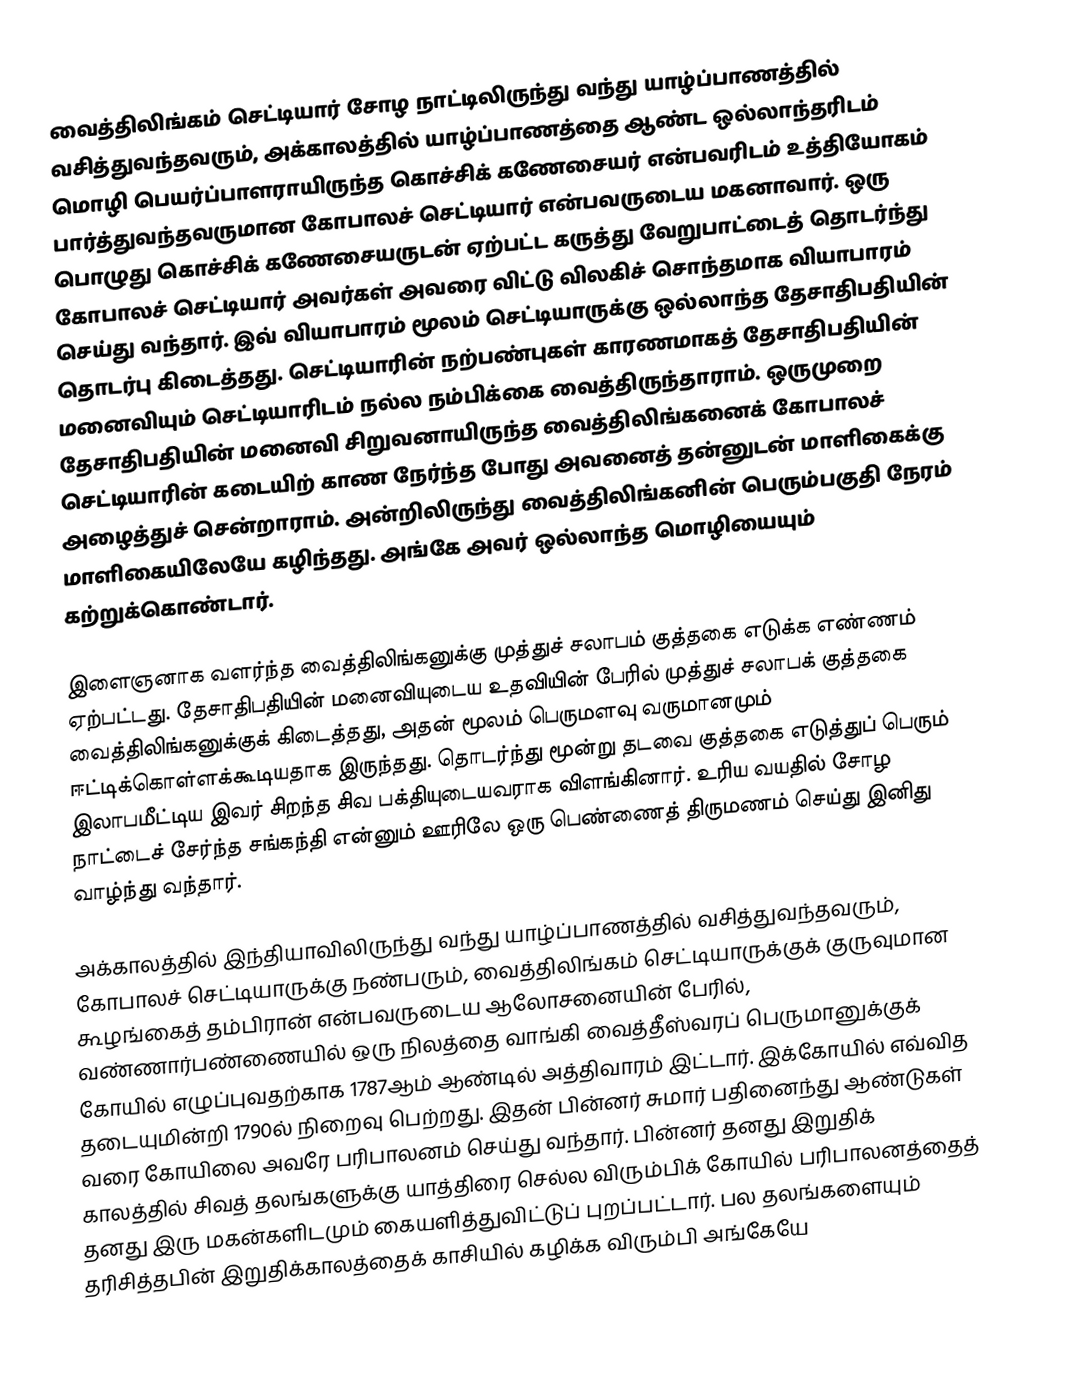
வைத்திலிங்கம் செட்டியார் சோழ நாட்டிலிருந்து வந்து யாழ்ப்பாணத்தில் வசித்துவந்தவரும், அக்காலத்தில் யாழ்ப்பாணத்தை ஆண்ட ஒல்லாந்தரிடம் மொழி பெயர்ப்பாளராயிருந்த கொச்சிக் கணேசையர் என்பவரிடம் உத்தியோகம் பார்த்துவந்தவருமான கோபாலச் செட்டியார் என்பவருடைய மகனாவார். ஒரு பொழுது கொச்சிக் கணேசையருடன் ஏற்பட்ட கருத்து வேறுபாட்டைத் தொடர்ந்து கோபாலச் செட்டியார் அவர்கள் அவரை விட்டு விலகிச் சொந்தமாக வியாபாரம் செய்து வந்தார். இவ் வியாபாரம் மூலம் செட்டியாருக்கு ஒல்லாந்த தேசாதிபதியின் தொடர்பு கிடைத்தது. செட்டியாரின் நற்பண்புகள் காரணமாகத் தேசாதிபதியின் மனைவியும் செட்டியாரிடம் நல்ல நம்பிக்கை வைத்திருந்தாராம். ஒருமுறை தேசாதிபதியின் மனைவி சிறுவனாயிருந்த வைத்திலிங்கனைக் கோபாலச் செட்டியாரின் கடையிற் காண நேர்ந்த போது அவனைத் தன்னுடன் மாளிகைக்கு அழைத்துச் சென்றாராம். அன்றிலிருந்து வைத்திலிங்கனின் பெரும்பகுதி நேரம் மாளிகையிலேயே கழிந்தது. அங்கே அவர் ஒல்லாந்த மொழியையும் கற்றுக்கொண்டார்.

இளைஞனாக வளர்ந்த வைத்திலிங்கனுக்கு முத்துச் சலாபம் குத்தகை எடுக்க எண்ணம் ஏற்பட்டது. தேசாதிபதியின் மனைவியுடைய உதவியின் பேரில் முத்துச் சலாபக் குத்தகை வைத்திலிங்கனுக்குக் கிடைத்தது, அதன் மூலம் பெருமளவு வருமானமும் ஈட்டிக்கொள்ளக்கூடியதாக இருந்தது. தொடர்ந்து மூன்று தடவை குத்தகை எடுத்துப் பெரும் இலாபமீட்டிய இவர் சிறந்த சிவ பக்தியுடையவராக விளங்கினார். உரிய வயதில் சோழ நாட்டைச் சேர்ந்த சங்கந்தி என்னும் ஊரிலே ஒரு பெண்ணைத் திருமணம் செய்து இனிது வாழ்ந்து வந்தார்.

அக்காலத்தில் இந்தியாவிலிருந்து வந்து யாழ்ப்பாணத்தில் வசித்துவந்தவரும், கோபாலச் செட்டியாருக்கு நண்பரும், வைத்திலிங்கம் செட்டியாருக்குக் குருவுமான கூழங்கைத் தம்பிரான் என்பவருடைய ஆலோசனையின் பேரில், வண்ணார்பண்ணையில் ஒரு நிலத்தை வாங்கி வைத்தீஸ்வரப் பெருமானுக்குக் கோயில் எழுப்புவதற்காக 1787ஆம் ஆண்டில் அத்திவாரம் இட்டார். இக்கோயில் எவ்வித தடையுமின்றி 1790ல் நிறைவு பெற்றது. இதன் பின்னர் சுமார் பதினைந்து ஆண்டுகள் வரை கோயிலை அவரே பரிபாலனம் செய்து வந்தார். பின்னர் தனது இறுதிக் காலத்தில் சிவத் தலங்களுக்கு யாத்திரை செல்ல விரும்பிக் கோயில் பரிபாலனத்தைத் தனது இரு மகன்களிடமும் கையளித்துவிட்டுப் புறப்பட்டார். பல தலங்களையும் தரிசித்தபின் இறுதிக்காலத்தைக் காசியில் கழிக்க விரும்பி அங்கேயே